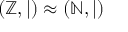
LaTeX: ( \mathbb { Z } , | ) \approx ( \mathbb { N } , | )